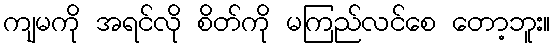
ကျမကို အရင်လို စိတ်ကို မကြည်လင်စေ တော့ဘူး။